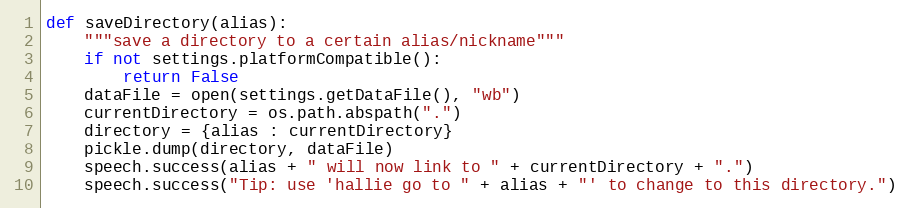
Language: Python
def saveDirectory(alias):
	"""save a directory to a certain alias/nickname"""
	if not settings.platformCompatible():
		return False
	dataFile = open(settings.getDataFile(), "wb")
	currentDirectory = os.path.abspath(".")
	directory = {alias : currentDirectory}
	pickle.dump(directory, dataFile)
	speech.success(alias + " will now link to " + currentDirectory + ".")
	speech.success("Tip: use 'hallie go to " + alias + "' to change to this directory.")